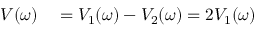
\begin{array} { r l } { V ( \omega ) } & { { } = V _ { 1 } ( \omega ) - V _ { 2 } ( \omega ) = 2 V _ { 1 } ( \omega ) } \end{array}